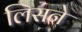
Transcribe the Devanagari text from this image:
लिसने